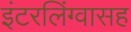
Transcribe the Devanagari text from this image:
इंटरलिंग्वासह